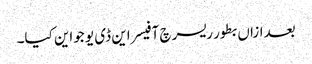
بعدازاں بطور ریسرچ آفیسر این ڈی یو جواین کیا۔